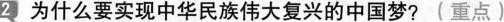
2 为什么要实现中华民族伟大复兴的中国梦?(重点)